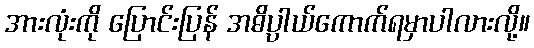
အားလုံးကို ပြောင်းပြန် အဓိပ္ပာယ်ကောက်ရမှာပါလားလို့။